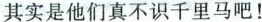
其实是他们真不识千里马吧！